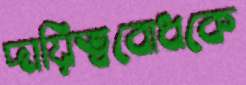
দায়িত্ববোধকে